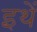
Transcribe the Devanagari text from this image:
इथें